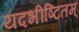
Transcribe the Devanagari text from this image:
यदभीष्टितम्